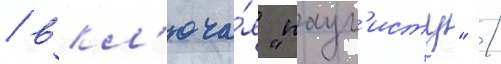
/ вкл'юча́я "паул'исту" /